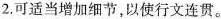
2.可适当增加细节，以使行文连贯。